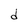
Character: d